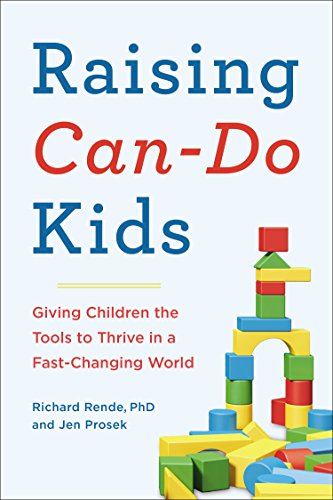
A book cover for Raising Can-Do Kids: Giving Children the Tools to Thrive in a Fast-Changing World; Richard Rende PhD; Parenting & Relationships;